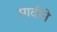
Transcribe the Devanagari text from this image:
मादीने